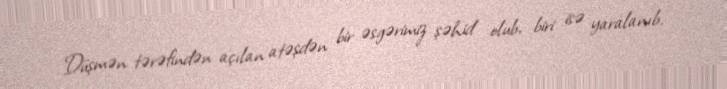
Düşmən tərəfindən açılan atəşdən bir əsgərimiz şəhid olub, biri isə yaralanıb.